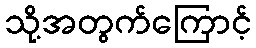
သို့အတွက်ကြောင့်